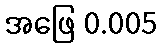
အဖြေ 0.005